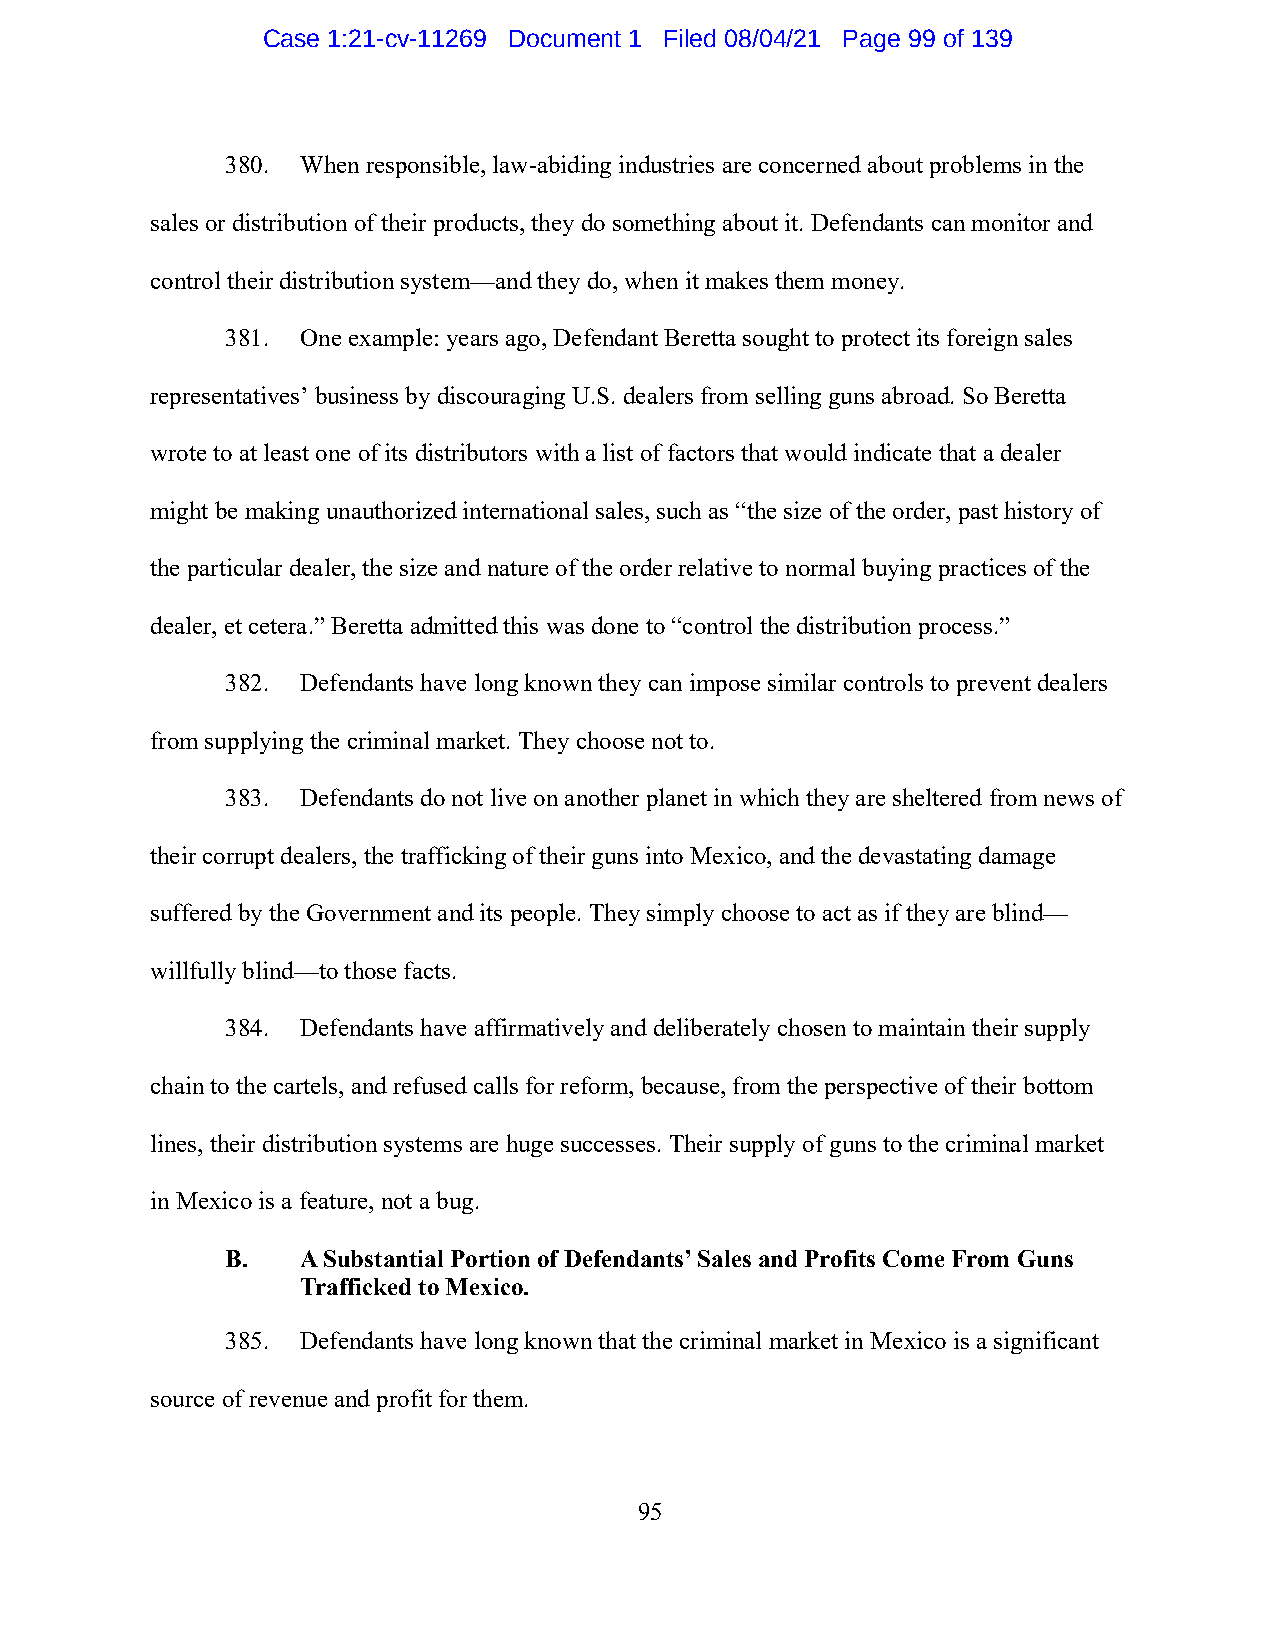
Case 1:21-cv-11269 Document 1 Filed 08/04/21 Page 99 of 139
 380. When responsible, law-abiding industries are concerned about problems in the
 sales or distribution of their products, they do something about it. Defendants can monitor and
 control their distribution system—and they do, when it makes them money.
 381. One example: years ago, Defendant Beretta sought to protect its foreign sales
 representatives’ business by discouraging U.S. dealers from selling guns abroad. So Beretta
 wrote to at least one of its distributors with a list of factors that would indicate that a dealer
 might be making unauthorized international sales, such as “the size of the order, past history of
 the particular dealer, the size and nature of the order relative to normal buying practices of the
 dealer, et cetera.” Beretta admitted this was done to “control the distribution process.”
 382. Defendants have long known they can impose similar controls to prevent dealers
 from supplying the criminal market. They choose not to.
 383. Defendants do not live on another planet in which they are sheltered from news of
 their corrupt dealers, the trafficking of their guns into Mexico, and the devastating damage
 suffered by the Government and its people. They simply choose to act as if they are blind—
 willfully blind—to those facts.
 384. Defendants have affirmatively and deliberately chosen to maintain their supply
 chain to the cartels, and refused calls for reform, because, from the perspective of their bottom
 lines, their distribution systems are huge successes. Their supply of guns to the criminal market
 in Mexico is a feature, not a bug.
 B.   A Substantial Portion of Defendants’ Sales and Profits Come From Guns
 Trafficked to Mexico.
 385. Defendants have long known that the criminal market in Mexico is a significant
 source of revenue and profit for them.
 95